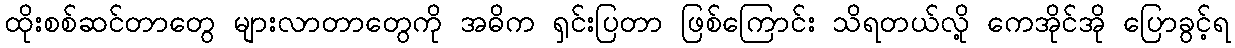
ထိုးစစ်ဆင်တာတွေ များလာတာတွေကို အဓိက ရှင်းပြတာ ဖြစ်ကြောင်း သိရတယ်လို့ ကေအိုင်အို ပြောခွင့်ရ